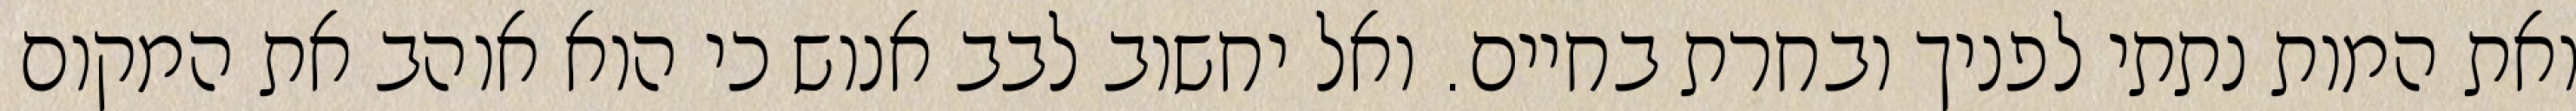
ואת המות נתתי לפניך ובחרת בחיים. ואל יחשוב לבב אנוש כי הוא אוהב את המקום